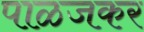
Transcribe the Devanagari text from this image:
पाळजकर